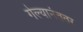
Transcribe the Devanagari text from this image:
गेल्यानंततर